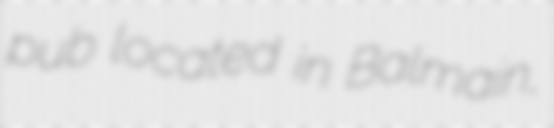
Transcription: pub located in Balmain,